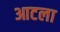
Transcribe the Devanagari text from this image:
आटला